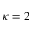
\kappa = 2